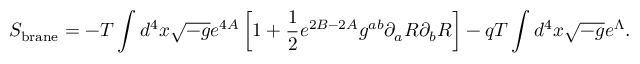
S _ { \mathrm { b r a n e } } = - T \int d ^ { 4 } x \sqrt { - g } e ^ { 4 A } \left[ 1 + \frac { 1 } { 2 } e ^ { 2 B - 2 A } g ^ { a b } \partial _ { a } R \partial _ { b } R \right] - q T \int d ^ { 4 } x \sqrt { - g } e ^ { \Lambda } .